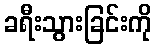
ခရီးသွားခြင်းကို